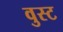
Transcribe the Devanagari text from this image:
वुस्ट